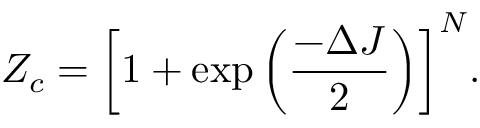
Z _ { c } = { \left[ 1 + \exp \left( \frac { - \Delta J } { 2 } \right) \right] } ^ { N } .